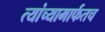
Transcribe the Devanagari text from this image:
त्यांच्यामार्फतच